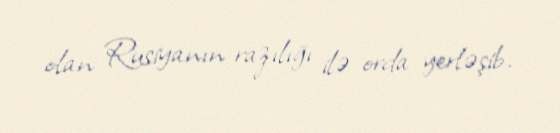
olan Rusiyanın razılığı ilə orda yerləşib.